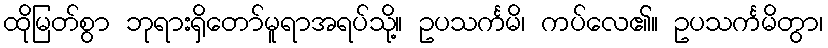
ထိုမြတ်စွာ ဘုရားရှိတော်မူရာအရပ်သို့။ ဥပသင်္ကမိ၊ ကပ်လေ၏။ ဥပသင်္ကမိတွာ၊